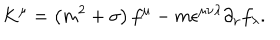
K ^ { \mu } = \left( m ^ { 2 } + \sigma \right) f ^ { \mu } - m \epsilon ^ { \mu \nu \lambda } \partial _ { \nu } f _ { \lambda } .